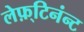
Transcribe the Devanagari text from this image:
लेफ़्टिनंन्ट